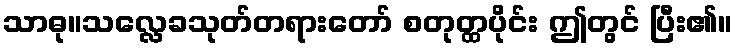
သာဓု။သလ္လေခသုတ်တရားတော် စတုတ္ထပိုင်း ဤတွင် ပြီး၏။